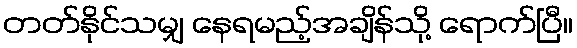
တတ်နိုင်သမျှ နေရမည့်အချိန်သို့ ရောက်ပြီ။